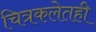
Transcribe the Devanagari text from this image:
चित्रकलेतही